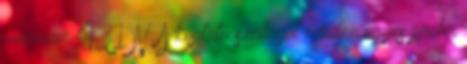
minimum 431 N. A koptató szalagot minden egyes próba